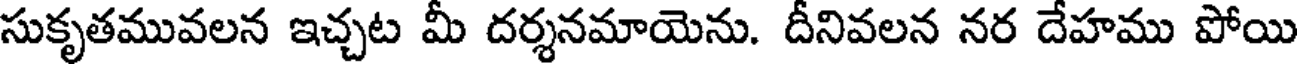
సుకృతమువలన ఇచ్చట మీ దర్శనమాయెను. దీనివలన నర దేహము పోయి